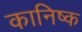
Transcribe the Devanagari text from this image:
कानिष्क